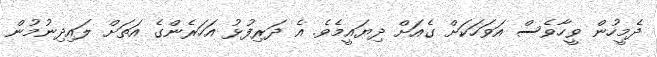
ދެމީހުން ވީހާވެސް އަވަހަކަށް ގެއަށް ދިޔައީމެވެ. އެ ދަރިފުޅު އަހަރެންގެ އަތަށް ލައިދިނުމުން